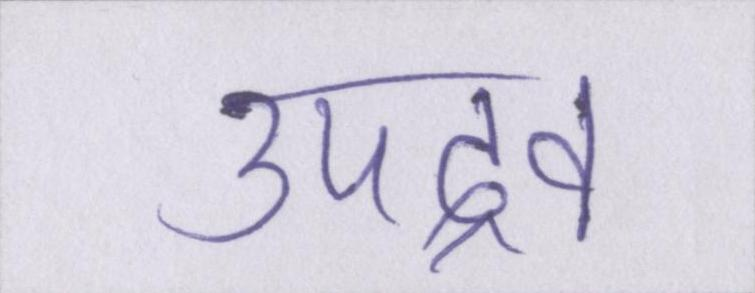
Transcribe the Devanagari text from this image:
उपद्रव